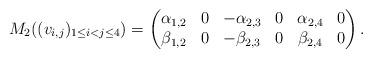
LaTeX: \begin{align*} M_2((v_{i,j})_{1\leq i<j\leq 4})=\begin{pmatrix}\alpha_{1,2} & 0 & -\alpha_{2,3} & 0 & \alpha_{2,4} & 0\\\beta_{1,2} & 0 & -\beta_{2,3} & 0 & \beta_{2,4} & 0\\\end{pmatrix}.\end{align*}